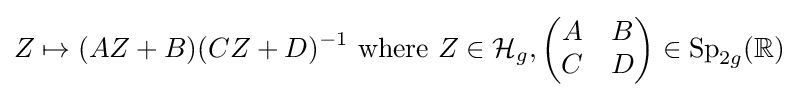
Z\mapsto (AZ+B)(CZ+D)^{-1}{\text{ where }}Z\in {\mathcal {H}}_{g},{\begin{pmatrix}A&B\\C&D\end{pmatrix}}\in \mathrm {Sp} _{2g}(\mathbb {R} )